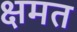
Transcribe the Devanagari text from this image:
क्षमत